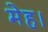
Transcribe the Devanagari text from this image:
मेह।